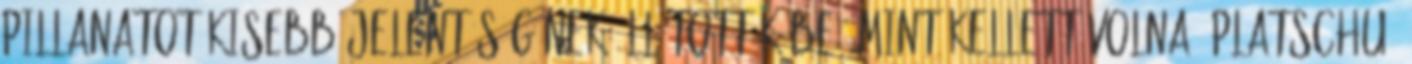
pillanatot kisebb jelentőségűnek állították be, mint kellett volna. platschu: